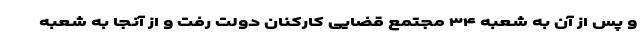
و پس از آن به شعبه ۳۴ مجتمع قضایی کارکنان دولت رفت و از آنجا به شعبه